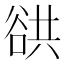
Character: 谼